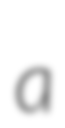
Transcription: a